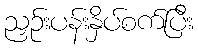
ညှဉ်းပန်းနှိပ်စက်ပြီး